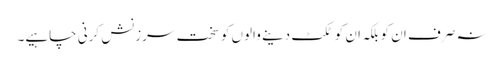
نہ صرف ان کو بلکہ ان کو ٹکٹ دینے والوں کو سخت سرزنش کرنی چاہیے۔